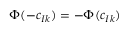
\Phi ( - { \boldsymbol { c } } _ { I k } ) = - \Phi ( { \boldsymbol { c } } _ { I k } )